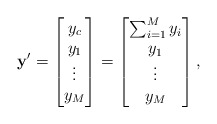
\begin{align*} \mathbf{y}'=\begin{bmatrix} y_c\\ y_1\\ \vdots\\ y_M \end{bmatrix}=\begin{bmatrix} \sum_{i=1}^{M} y_i\\ y_1\\ \vdots\\ y_M \end{bmatrix},\end{align*}